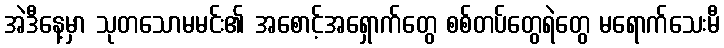
အဲဒီနေ့မှာ သုတသောမမင်း၏ အစောင့်အရှောက်တွေ စစ်တပ်တွေရဲတွေ မရောက်သေးမီ